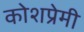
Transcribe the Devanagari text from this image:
कोशप्रेमी